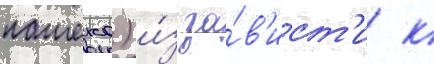
пашеко) и́з за́в'ист'и к